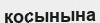
қосынына